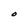
Character: O